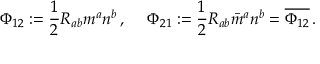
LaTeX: \Phi _ { 1 2 } : = { \frac { 1 } { 2 } } R _ { a b } m ^ { a } n ^ { b } \, , \quad \; \Phi _ { 2 1 } : = { \frac { 1 } { 2 } } R _ { a b } { \bar { m } } ^ { a } n ^ { b } = { \overline { { \Phi _ { 1 2 } } } } \, .